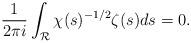
LaTeX: \begin{align*}\frac{1}{2 \pi i}\int_{\mathcal{R}}\chi(s)^{-1/2} \zeta(s)ds = 0. \end{align*}